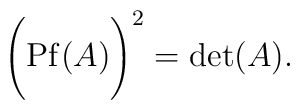
\Biggl( {\rm Pf}(A) \Biggr)^{2} = {\rm det}(A).